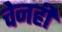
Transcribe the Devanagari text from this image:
चेनही